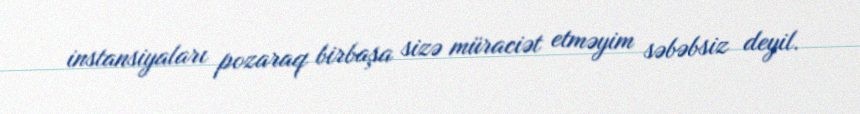
instansiyaları pozaraq birbaşa sizə müraciət etməyim səbəbsiz deyil.